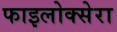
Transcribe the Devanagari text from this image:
फाइलोक्सेरा